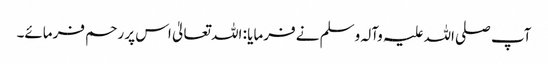
آپ صلی اللہ علیہ وآلہ وسلم نے فرمایا : اللہ تعالیٰ اس پر رحم فرمائے۔